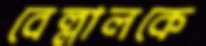
বেল্লালকে